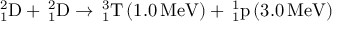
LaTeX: _ { 1 } ^ { 2 } \mathrm { D } + \, _ { 1 } ^ { 2 } \mathrm { D } \rightarrow \, _ { 1 } ^ { 3 } \mathrm { T } \left( 1 . 0 \, \mathrm { M e V } \right) + \, _ { 1 } ^ { 1 } \mathrm { p } \left( 3 . 0 \, \mathrm { M e V } \right)